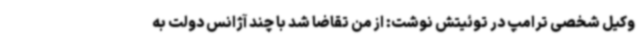
وکیل شخصی ترامپ در توئیتش نوشت: از من تقاضا شد با چند آژانس دولت به